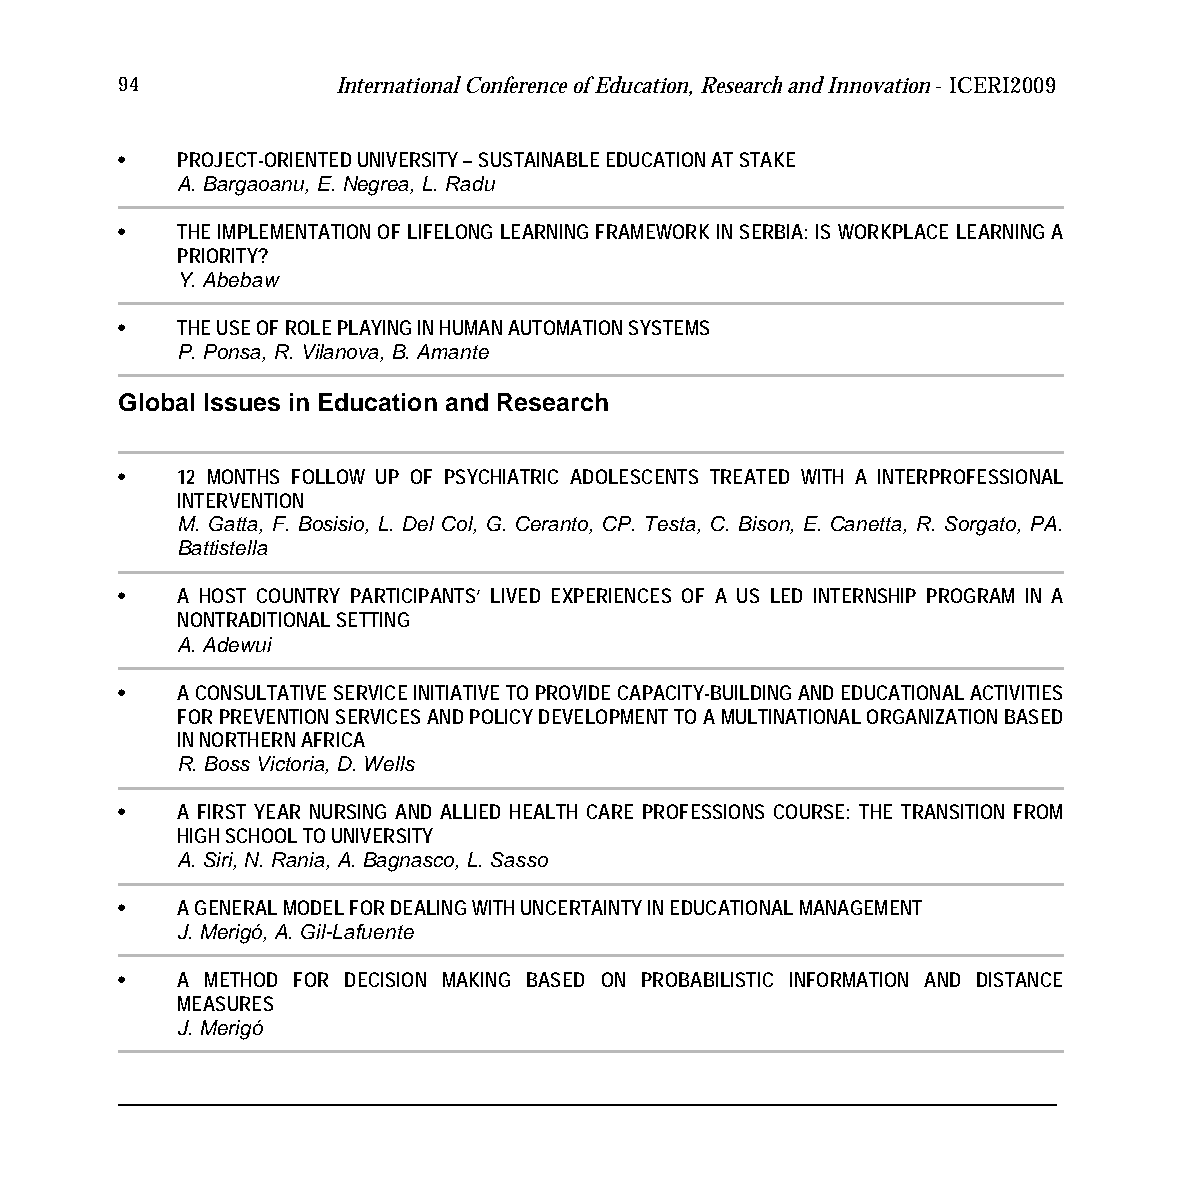
94            International Conference of Education, Research and Innovation - ICERI2009
 •   PROJECT-ORIENTED UNIVERSITY – SUSTAINABLE EDUCATION AT STAKE
 A. Bargaoanu, E. Negrea, L. Radu
 •   THE IMPLEMENTATION OF LIFELONG LEARNING FRAMEWORK IN SERBIA: IS WORKPLACE LEARNING A
 PRIORITY?
 Y. Abebaw
 •   THE USE OF ROLE PLAYING IN HUMAN AUTOMATION SYSTEMS
 P. Ponsa, R. Vilanova, B. Amante
 Global Issues in Education and Research
 •   12 MONTHS FOLLOW UP OF PSYCHIATRIC ADOLESCENTS TREATED WITH A INTERPROFESSIONAL
 INTERVENTION
 M. Gatta, F. Bosisio, L. Del Col, G. Ceranto, CP. Testa, C. Bison, E. Canetta, R. Sorgato, PA.
 Battistella
 •   A HOST COUNTRY PARTICIPANTS’ LIVED EXPERIENCES OF A US LED INTERNSHIP PROGRAM IN A
 NONTRADITIONAL SETTING
 A. Adewui
 •   A CONSULTATIVE SERVICE INITIATIVE TO PROVIDE CAPACITY-BUILDING AND EDUCATIONAL ACTIVITIES
 FOR PREVENTION SERVICES AND POLICY DEVELOPMENT TO A MULTINATIONAL ORGANIZATION BASED
 IN NORTHERN AFRICA
 R. Boss Victoria, D. Wells
 •   A FIRST YEAR NURSING AND ALLIED HEALTH CARE PROFESSIONS COURSE: THE TRANSITION FROM
 HIGH SCHOOL TO UNIVERSITY
 A. Siri, N. Rania, A. Bagnasco, L. Sasso
 •   A GENERAL MODEL FOR DEALING WITH UNCERTAINTY IN EDUCATIONAL MANAGEMENT
 J. Merigó, A. Gil-Lafuente
 •   A METHOD FOR DECISION MAKING BASED ON PROBABILISTIC INFORMATION AND DISTANCE
 MEASURES
 J. Merigó